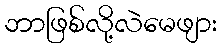
ဘာဖြစ်လို့လဲမေဖျား